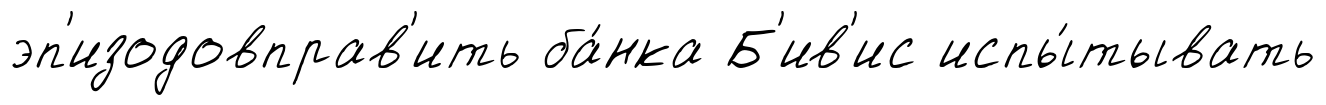
эп'изодовправ'ить ба́нка Б'ив'ис испы́тывать